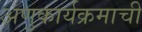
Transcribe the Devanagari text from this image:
अणुकार्यक्रमाची